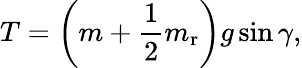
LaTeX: T=\left(m+\frac{1}{2}m_{\mathrm{{r}}}\right)g\sin\gamma,